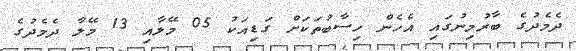
ދެމެދުގެ ބާރުމިނުގައި އެހެން ހިސާބުތަކަށް ގަޑިއަކު 05 މޭލާއި 13 މޭލާ ދެމެދުގެ